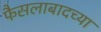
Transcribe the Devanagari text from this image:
फैसलाबादच्या